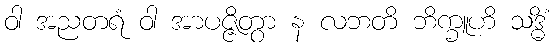
ဝါ အညတရံ ဝါ အာပဇ္ဇိတွာ န လဘတိ ဘိက္ခူဟိ သဒ္ဓိံ